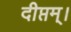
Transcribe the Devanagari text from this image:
दीप्तम्।